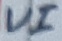
Text: VI